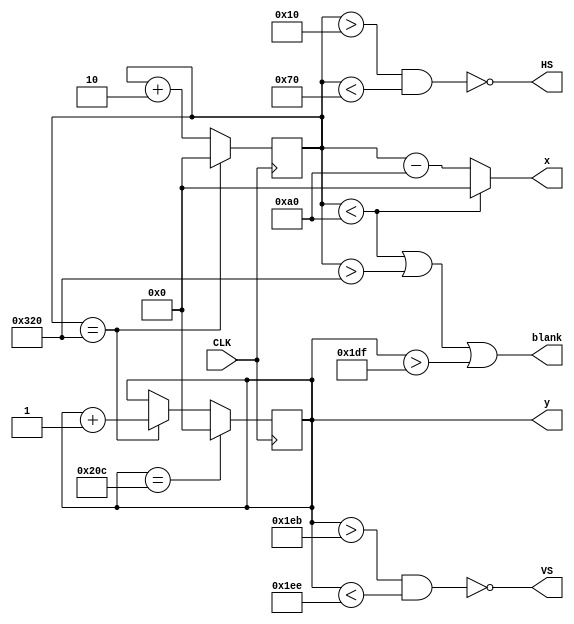
module vga(
    input CLK,  // Papilio 32MHz
    output HS, VS,
    output [9:0] x,
    output reg [9:0] y,
    output blank
    );

reg [9:0] xc;
 
// Horizontal 640 + fp 16 + HS 96 + bp 48 = 800 pixel clocks
// Vertical, 480 + fp 11 lines + VS 2 lines + bp 31 lines = 524 lines
assign blank = ((xc < 160) | (xc > 800) | (y > 479));
assign HS = ~ ((xc > 16) & (xc < 112));
assign VS = ~ ((y > 491) & (y < 494));
assign x = ((xc < 160)?0:(xc - 160));

always @(posedge CLK)
begin
  if (xc == 800)
  begin
    xc <= 0;
    y <= y + 1;
  end
  else begin
    xc <= xc + 2;
  end
  if (y == 524)
  begin
    y <= 0; 
  end
end

endmodule